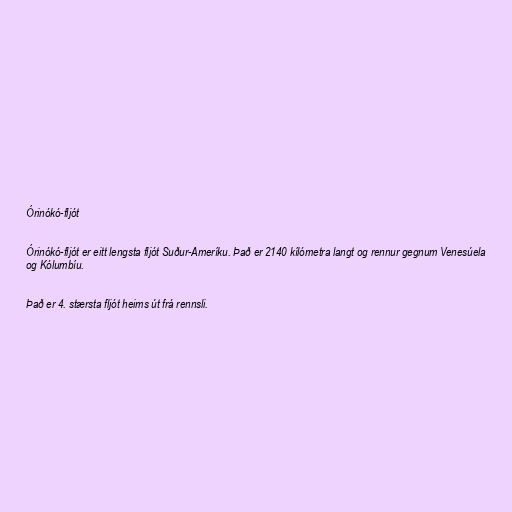
Órinókó-fljót

Órinókó-fljót er eitt lengsta fljót Suður-Ameríku. Það er 2140 kílómetra langt og rennur gegnum Venesúela
og Kólumbíu.

Það er 4. stærsta fljót heims út frá rennsli.